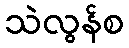
သဲလွန်စ